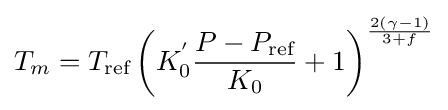
T_{m}=T_{\text{ref}}\left(K_{0}^{'}{\frac {P-P_{\text{ref}}}{K_{0}}}+1\right)^{\frac {2(\gamma -1)}{3+f}}